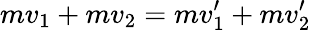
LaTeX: mv_{1}+mv_{2}=mv_{1}^{\prime}+mv_{2}^{\prime}